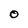
Character: 0